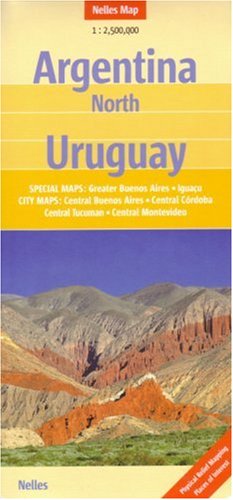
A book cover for Argentina North and Uruguay Map by Nelles (Nelles Maps) (English, French and German Edition); Nelles Verlag; Travel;